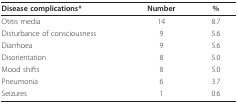
<table><thead><tr><td><b>Disease complications*</b></td><td><b>Number</b></td><td><b>%</b></td></tr></thead><tbody><tr><td>Otitis media</td><td>14</td><td>8.7</td></tr><tr><td>Disturbance of consciousness</td><td>9</td><td>5.6</td></tr><tr><td>Diarrhoea</td><td>9</td><td>5.6</td></tr><tr><td>Disorientation</td><td>8</td><td>5.0</td></tr><tr><td>Mood shifts</td><td>8</td><td>5.0</td></tr><tr><td>Pneumonia</td><td>6</td><td>3.7</td></tr><tr><td>Seizures</td><td>1</td><td>0.6</td></tr></tbody></table>